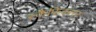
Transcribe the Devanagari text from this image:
स्कैफिक्सर